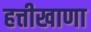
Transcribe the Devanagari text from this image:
हत्तीखाणा